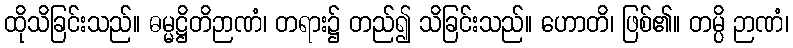
ထိုသိခြင်းသည်။ ဓမ္မဋ္ဌိတိဉာဏံ၊ တရား၌ တည်၍ သိခြင်းသည်။ ဟောတိ၊ ဖြစ်၏။ တမ္ပိ ဉာဏံ၊